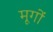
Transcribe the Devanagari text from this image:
मूगों